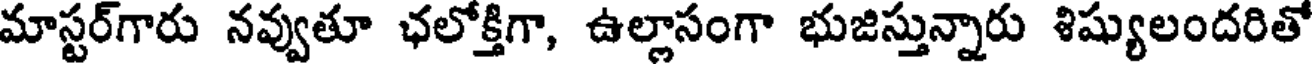
మాస్టర్గారు నవ్వుతూ ఛలోక్తిగా, ఉల్లాసంగా భుజిస్తున్నారు శిష్యులందరితో